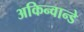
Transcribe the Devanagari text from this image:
अकिन्वान्डे